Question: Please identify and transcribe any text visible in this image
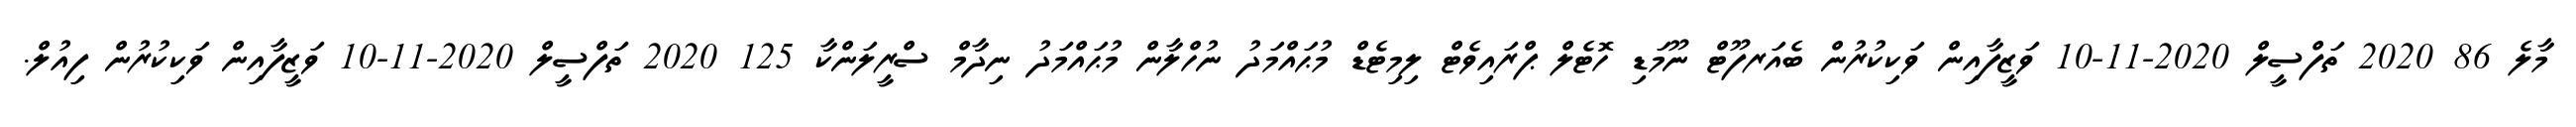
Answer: މާލެ 86 2020 ތަފްސީލް 2020-11-10 ވަޒީފާއިން ވަކިކުރުން ބެއަރފޫޓް ނޫމަޑި ހޮޓެލް ޕްރައިވެޓް ލިމިޓެޑް މުޙައްމަދު ނުހްލާން މުޙައްމަދު ނިދާމް ސްރީލަންކާ 125 2020 ތަފްސީލް 2020-11-10 ވަޒީފާއިން ވަކިކުރުން ފިއުލް.